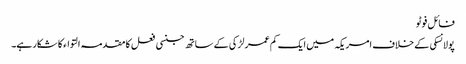
فائل فوٹو
پولانسکی کے خلاف امریکہ میں ایک کم عمر لڑکی کے ساتھ جنسی فعل کا مقدمہ التواء کا شکار ہے۔